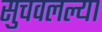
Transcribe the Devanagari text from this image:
सुचवलल्या